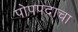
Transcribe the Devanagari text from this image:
पोपपदाचा